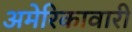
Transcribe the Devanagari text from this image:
अमेरिकावारी